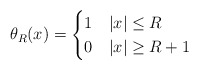
\begin{align*} \theta_R(x) = \begin{cases}1 & |x| \leq R \\0 & |x| \geq R+1\end{cases}\end{align*}